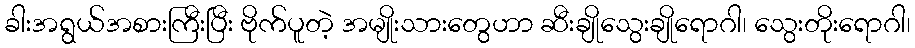
ခါးအရွယ်အစားကြီးပြီး ဗိုက်ပူတဲ့ အမျိုးသားတွေဟာ ဆီးချိုသွေးချိုရောဂါ၊ သွေးတိုးရောဂါ၊